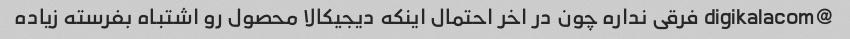
@digikalacom فرقی نداره چون در اخر احتمال اینکه دیجیکالا محصول رو اشتباه بفرسته زیاده